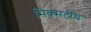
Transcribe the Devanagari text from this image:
सिक्सटींथ